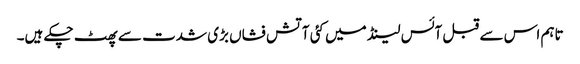
تاہم اس سے قبل آئس لینڈ میں کئی آتش فشاں بڑی شدت سے پھٹ چکے ہیں۔